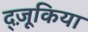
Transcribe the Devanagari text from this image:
द्ज़ूकिया